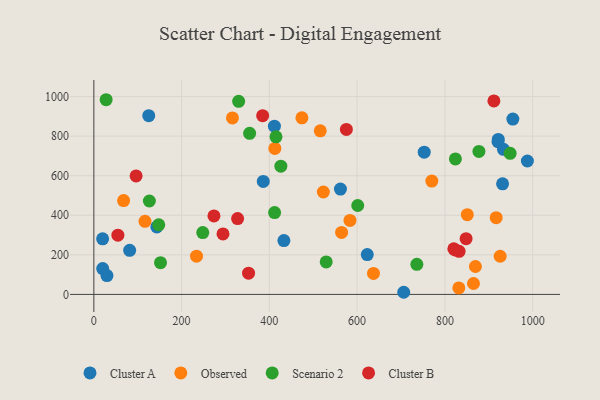
{"axis": {"x": "Distance", "y": "Demand"}, "legend": ["Cluster A", "Cluster B", "Observed", "Scenario 2"], "data": [{"x": "20.0", "y": 280.8, "type": "Cluster A"}, {"x": "933.5", "y": 733.4, "type": "Cluster A"}, {"x": "954.9", "y": 886.2, "type": "Cluster A"}, {"x": "81.6", "y": 222.9, "type": "Cluster A"}, {"x": "921.1", "y": 771.9, "type": "Cluster A"}, {"x": "125.1", "y": 903.5, "type": "Cluster A"}, {"x": "386.1", "y": 571.0, "type": "Cluster A"}, {"x": "988.0", "y": 674.5, "type": "Cluster A"}, {"x": "921.7", "y": 783.7, "type": "Cluster A"}, {"x": "433.1", "y": 272.1, "type": "Cluster A"}, {"x": "411.5", "y": 850.6, "type": "Cluster A"}, {"x": "706.2", "y": 10.8, "type": "Cluster A"}, {"x": "752.9", "y": 719.2, "type": "Cluster A"}, {"x": "562.0", "y": 532.7, "type": "Cluster A"}, {"x": "623.1", "y": 201.5, "type": "Cluster A"}, {"x": "20.2", "y": 130.6, "type": "Cluster A"}, {"x": "931.5", "y": 559.0, "type": "Cluster A"}, {"x": "143.5", "y": 341.2, "type": "Cluster A"}, {"x": "29.9", "y": 95.3, "type": "Cluster A"}, {"x": "770.2", "y": 572.8, "type": "Observed"}, {"x": "926.0", "y": 192.9, "type": "Observed"}, {"x": "564.6", "y": 313.6, "type": "Observed"}, {"x": "916.9", "y": 387.7, "type": "Observed"}, {"x": "315.9", "y": 892.4, "type": "Observed"}, {"x": "831.8", "y": 32.9, "type": "Observed"}, {"x": "523.0", "y": 517.7, "type": "Observed"}, {"x": "234.0", "y": 193.1, "type": "Observed"}, {"x": "865.2", "y": 55.1, "type": "Observed"}, {"x": "474.2", "y": 892.5, "type": "Observed"}, {"x": "516.0", "y": 827.1, "type": "Observed"}, {"x": "851.1", "y": 402.9, "type": "Observed"}, {"x": "67.8", "y": 474.6, "type": "Observed"}, {"x": "116.6", "y": 369.6, "type": "Observed"}, {"x": "869.6", "y": 141.1, "type": "Observed"}, {"x": "412.5", "y": 738.0, "type": "Observed"}, {"x": "583.7", "y": 374.1, "type": "Observed"}, {"x": "637.3", "y": 106.2, "type": "Observed"}, {"x": "151.9", "y": 160.2, "type": "Scenario 2"}, {"x": "126.5", "y": 472.3, "type": "Scenario 2"}, {"x": "147.9", "y": 351.7, "type": "Scenario 2"}, {"x": "415.1", "y": 796.7, "type": "Scenario 2"}, {"x": "426.2", "y": 648.2, "type": "Scenario 2"}, {"x": "28.0", "y": 984.2, "type": "Scenario 2"}, {"x": "529.5", "y": 164.0, "type": "Scenario 2"}, {"x": "824.0", "y": 684.8, "type": "Scenario 2"}, {"x": "355.0", "y": 814.3, "type": "Scenario 2"}, {"x": "877.6", "y": 722.9, "type": "Scenario 2"}, {"x": "411.9", "y": 413.5, "type": "Scenario 2"}, {"x": "330.0", "y": 976.1, "type": "Scenario 2"}, {"x": "736.1", "y": 152.3, "type": "Scenario 2"}, {"x": "248.2", "y": 312.5, "type": "Scenario 2"}, {"x": "601.4", "y": 449.6, "type": "Scenario 2"}, {"x": "948.7", "y": 713.3, "type": "Scenario 2"}, {"x": "823.4", "y": 224.4, "type": "Cluster B"}, {"x": "273.7", "y": 396.6, "type": "Cluster B"}, {"x": "832.4", "y": 218.0, "type": "Cluster B"}, {"x": "848.3", "y": 281.9, "type": "Cluster B"}, {"x": "96.3", "y": 599.2, "type": "Cluster B"}, {"x": "327.6", "y": 383.4, "type": "Cluster B"}, {"x": "911.7", "y": 978.1, "type": "Cluster B"}, {"x": "575.5", "y": 833.9, "type": "Cluster B"}, {"x": "384.7", "y": 903.4, "type": "Cluster B"}, {"x": "352.6", "y": 107.4, "type": "Cluster B"}, {"x": "54.8", "y": 299.3, "type": "Cluster B"}, {"x": "294.3", "y": 305.8, "type": "Cluster B"}, {"x": "820.4", "y": 230.3, "type": "Cluster B"}]}